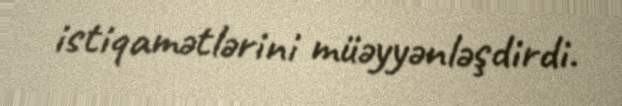
istiqamətlərini müəyyənləşdirdi.